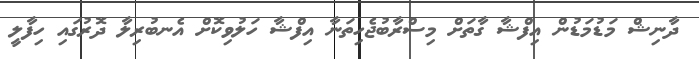
ދާނިޝް މަޑުމަޑުން އިފްޝާ ގާތަށް މިސްރާބުޖެހިތަނާ އިފްޝާ ހަލުވިކޮށް އެނބުރިލާ ދޮރުގައި ހިފާލީ